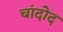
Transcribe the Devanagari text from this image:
चांदोद